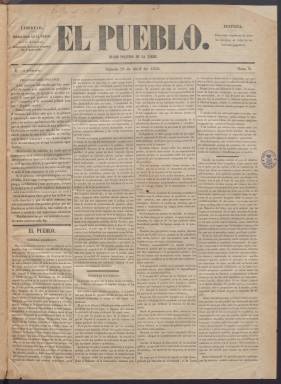
Título: El Pueblo (Madrid. 1848)
Colección: Periódicos anteriores a 1850
Ámbito geográfico: Madrid
Lugar de publicación: Madrid
Fechas: 29/04/1848-10/05/1848